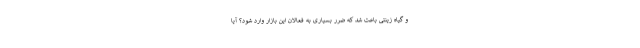
و گیاه زینتی باعث شد که ضرر بسیاری به فعالان این بازار وارد شود؟ آیا